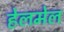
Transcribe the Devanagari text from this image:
हेलमेल